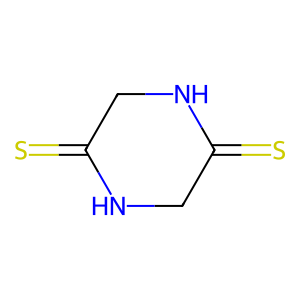
SMILES: S=C1CNC(=S)CN1
Inhibits HIV replication: No